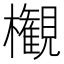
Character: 𣠤